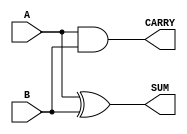
module parameterized_half_adder #(
    parameter BIT_WIDTH = 1  // Parameter to define the bit-width of inputs and outputs
)(
    input  [BIT_WIDTH-1:0] A,  // Input A
    input  [BIT_WIDTH-1:0] B,  // Input B
    output [BIT_WIDTH-1:0] SUM, // Output SUM
    output [BIT_WIDTH-1:0] CARRY // Output CARRY
);

    // Sum calculation using XOR
    assign SUM = A ^ B;

    // Carry calculation using AND
    assign CARRY = A & B;

endmodule